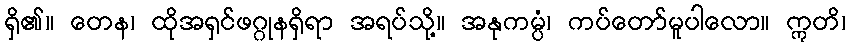
ရှိ၏။ တေန၊ ထိုအရှင်ဖဂ္ဂုနရှိရာ အရပ်သို့။ အနုကမ္ပံ၊ ကပ်တော်မူပါလော။ ဣတိ၊